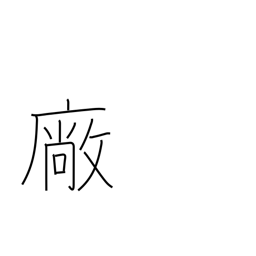
Meaning: workshop